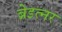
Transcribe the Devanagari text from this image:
ब्रेइत्नर